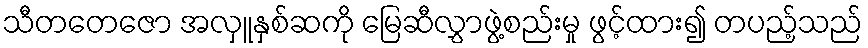
သီတတေဇော အလှူနှစ်ဆကို မြေဆီလွှာဖွဲ့စည်းမှု ဖွင့်ထား၍ တပည့်သည်